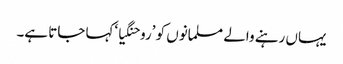
یہاں رہنے والے مسلمانوں کو ’روحنگیا‘کہا جاتا ہے۔